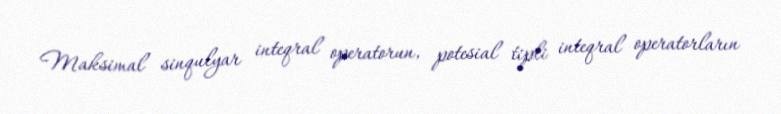
Maksimal sinqulyar inteqral operatorun, potesial tipli inteqral operatorların